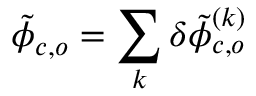
\tilde { \phi } _ { c , o } = \sum _ { k } \delta \tilde { \phi } _ { c , o } ^ { ( k ) }